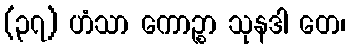
(၃၇) ဟံသာ ကောဉ္စာ သုနဒါ တေ၊